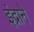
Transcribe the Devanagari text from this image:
इंद्राने